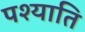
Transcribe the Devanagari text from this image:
पश्याति